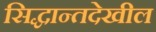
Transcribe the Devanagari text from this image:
सिद्धान्तदेखील